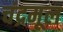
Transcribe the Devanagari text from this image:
चंद्रमूल